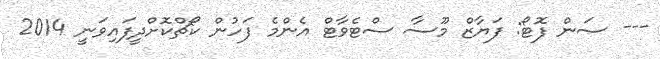
--- ސަން ފޮޓޯ: ފަޔާޒް މޫސާ ސްޓެވާޓް އެންމެ ފަހުން ކޯޗްކޮށްދީފައިވަނީ 2014